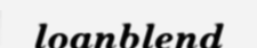
loanblend